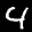
Label: 4